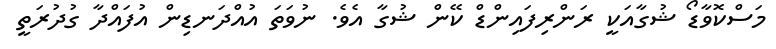
މަސްކޮވާޑޯ ޝުގާއަކީ ރަންރިފައިންޑް ކޭން ޝުގާ އެވެ. ނުވަތަ އުއްދަނޑިން އުފައްދާ ގުދުރަތީ